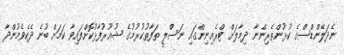
ނެދަލޭންޑްސްގެ ކުޅުންތެރިންނާ ދިމާލަށް ޓްރެއިނިންގައި ނަސްލީ ތަފާތުކުރުމުގެ ޝުޢޫރުފާޅުކޮށްފައިވާ ކަމަށް ބުނެ ދެކެވެމުންދާ